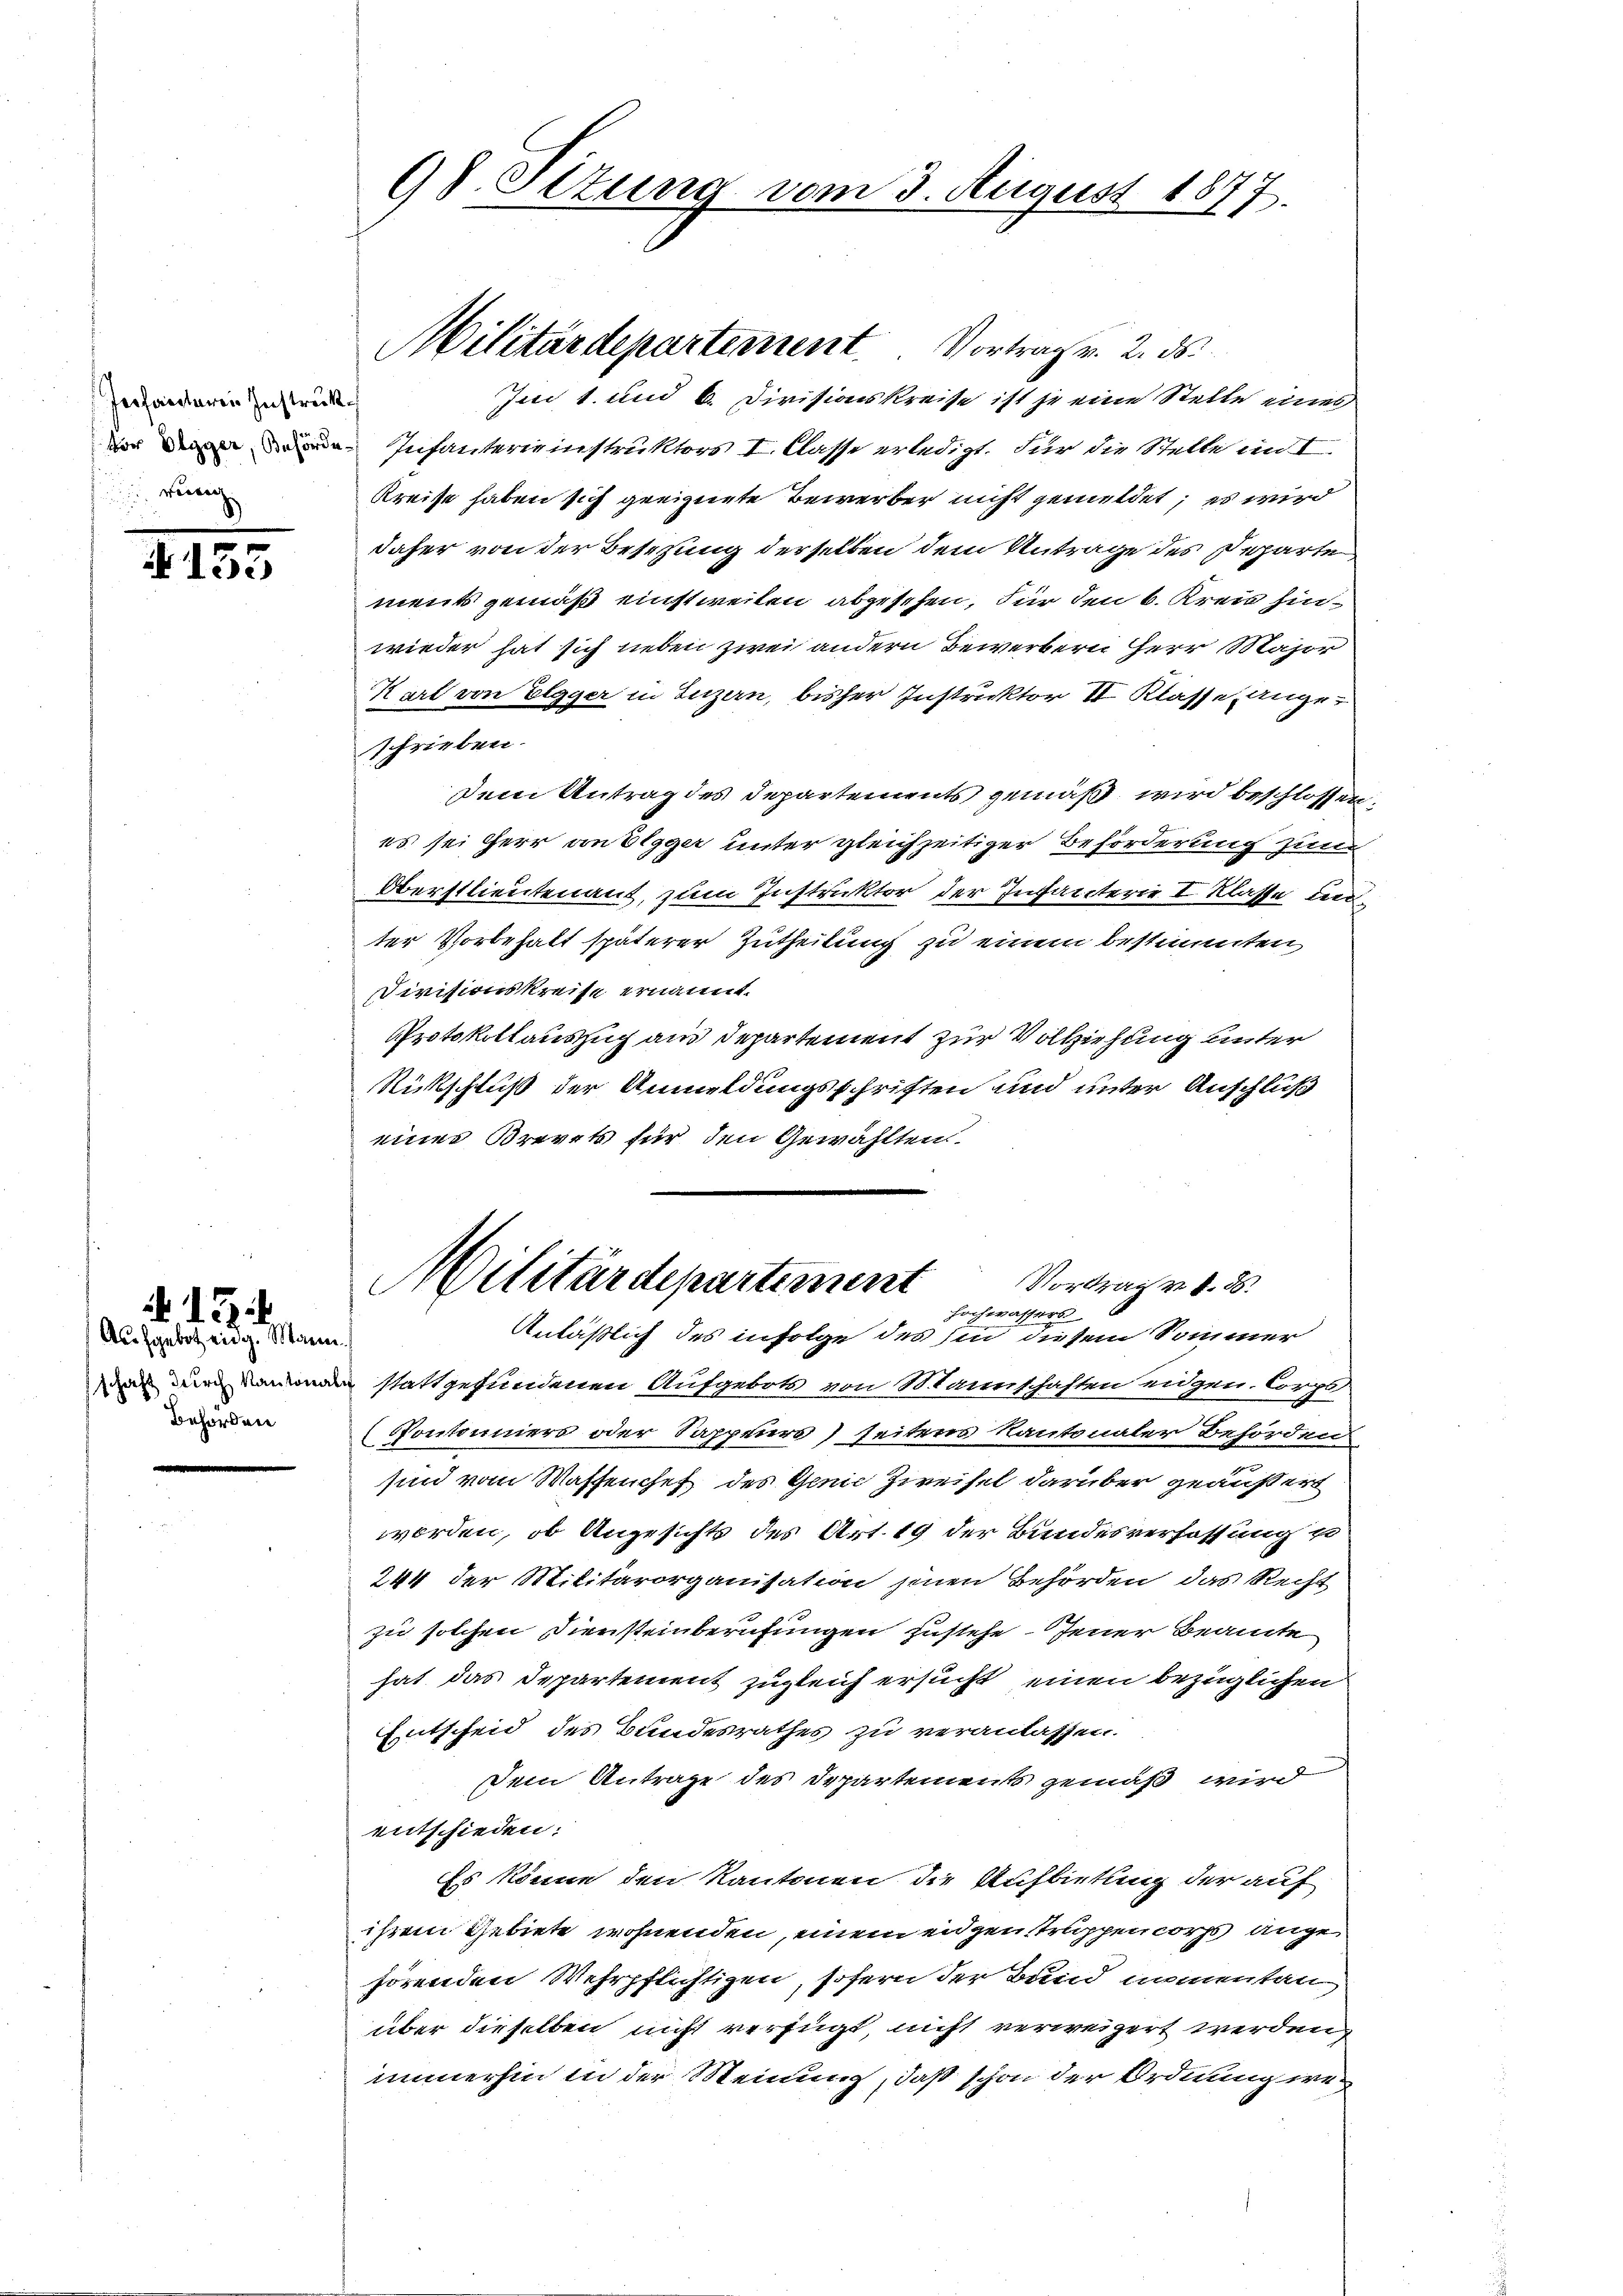
serfanderen Instruck.
 verach

153

Aufgebot eidg. Mann.
schaft durch Kantonal¬
Behörden

12

98. Ottung vom 3. August 1877.

Militärdepartement.  ..  Vortrag v. 2. ds.

Im 1. und 6. Divisionskreise ist je eine Stelle eines
 Infanterieinstruktors I. Classe erledigt. Für die Stelle im I.
Kreise haben sich geeignete Bewerber nicht gemeldet; es wird
daher von der Besizung derselben dem Antrage des Departe
ment gemäß einstweilen abgesehen, für den 6. Kreis hinwieder hat sich neben zwei andern Bewerbern Herr Major
Karl von Elgger in Luzern, bisher Instruktor II Klasse Ungeschrieben.
Dem Antrag des Departements gemäß wird beschlossen,
es sei Herr von Elgger unter gleichzeitiger Beförderung zum
Oberstlieutenant, zum Instruktor der Infanterie I Klasse unter Vorbehalt späterer Zutheilung zu einem bestimmten
Divisionskreise ernannt.
Protokollauszug aus Departement zur Vollziehung unter
Rückschluß der Anmeldungsschriften und unter Anschluß
eines Brevets für den Gewählten.
Militärdepartement
Vortrag v. 4. ds.
Hochwassers
Anläßlich des infolge des sin diesem Sommer
stattgefundenen Aufgebots von Mannschaften eidgen. Corps
Pontonniers oder Sappeurs) seitens Kantonaler Behörden
sind vom Wassenchef des Genie Zweifel darüber geäußert
worden, ob Angesichts des Art. 19 der Bundesverfassung vo
244 der Militärorganisation jenen Behörden, das Recht
zu solchen Diensteinberufungen zustehe jener Beamte
hat das Departement zugleich ersucht einen bezüglichen
Entscheid des Bundesrathes zu verantassen.
Dem Antrage des Departements gemäß wird
entschieden:
Es könne den Kantonen die Aufbietung der auf
ihrem Gebiete wohnenden, einem eidgen Truppencorps angehörenden Wehrpflichtigen, sofern der Band immentan
über dieselben nicht verfügt, nicht verweigert werden,
immerhin in der Meinung, daß schon der Ordnung we¬